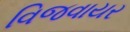
વિજવાયર